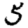
Digit: 5